[Report on the health of British troops in the Madras command]
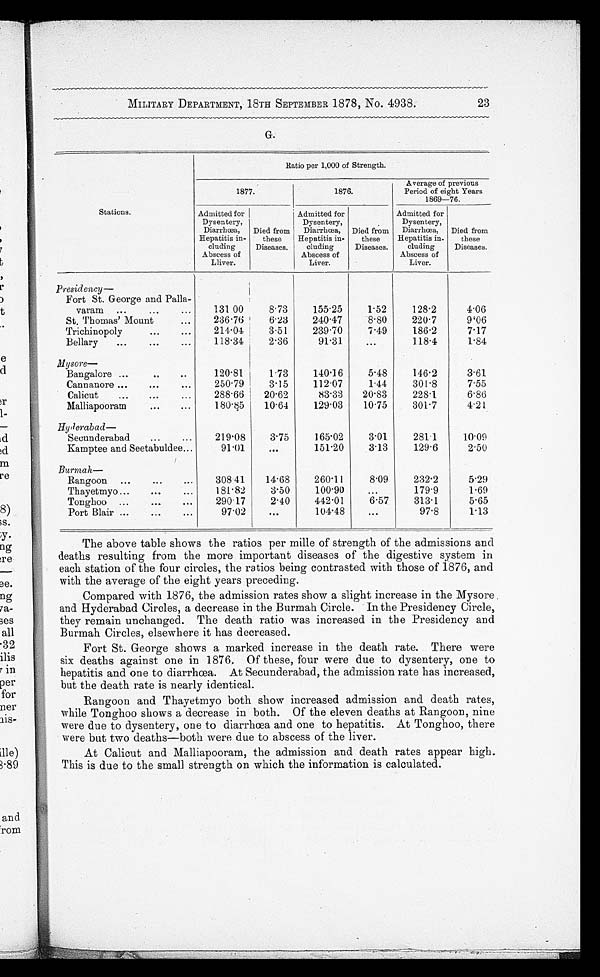
MILITARY DEPARTMENT, 18TH SEPTEMBER 1878, No. 4938.
G.
Ratio per 1,000 of Strength.
1877.
1876.
Average of previous
Period of eight Years
1869—76.
Stations.
Admitted for
Dysentery,
Diarrhœa,
Hepatitis in-
cluding
Abscess of
Lliver.
Died from
these
Diseases.
Admitted for
Dysentery,
Diarrhœa,
Hepatitis in-
eluding
Abscess of
Liver.
Died from
these
Diseases.
Admitted for
Dysentery,
Diarrhœa,
Hepatitis in-
cluding
Abscess of
Liver.
Died from
these
Diseases.
Presidency
—
Fort St. George and Palla-
varam . . .
131.00
8.73
155.25
1.52
128.2
4.06
St. Thomas' Mount . . .
236.76
6.23
240.47
8.80
220.7
9.06
Trichinopoly . . .
214.04
3.51
239.70
7.49
186.2
7.17
Bellary . . .
118.34
2.36
91.31
. . .
118.4
1.84
Mysore
—
Bangalore . . .
120.81
1.73
140.16
5.48
146.2
3.61
Cannanore . . .
250.79
3.15
112.07
1.44
301.8
7.55
Calicut . . .
288.66
20 . 62
83.33
20 . 83
228.1
6.86
Malliapooram . . .
180.85
10 . 64
129.03
10 . 75
301.7
4.21
Hyderabad
—
Secunderabad . . .
219.08
3.75
165.02
3.01
281.1
10.09
Kamptee and Seetabuldee . . .
91.01
. . .
151.20
3.13
129.6
2.50
Burmah
—
Rangoon . . .
308.41
14 . 68
260.11
8.09
232.2
5.29
Thayetmyo . . .
181.82
3.50
100.90
. . .
179.9
1.69
Tonghoo . . .
290.17
2.40
442.01
6.57
313.1
5.65
Port Blair . . .
97.02
. . .
104.48
. . .
97.8
1.13
The above table shows the ratios per mille of strength of the admissions and
deaths resulting from the more important diseases of the digestive system in
each station of the four circles, the ratios being contrasted with those of 1876, and
with the average of the eight years preceding.
Compared with 1876, the admission rates show a slight increase in the Mysore
and Hyderabad Circles, a decrease in the Burmah Circle. In the Presidency Circle,
they remain unchanged. The death ratio was increased in the Presidency and
Burmah Circles, elsewhere it has decreased.
Fort St. George shows a marked increase in the death rate. There were
six deaths against one in 1876. Of these, four were due to dysentery, one to
hepatitis and one to diarrhoea. At Secunderabad, the admission rate has increased,
but the death rate is nearly identical.
Rangoon and Thayetmyo both show increased admission and death rates,
while Tonghoo shows a decrease in both. Of the eleven deaths at Rangoon, nine
were due to dysentery, one to diarrhœa and one to hepatitis. At Tonghoo, there
were but two deaths—both were due to abscess of the liver.
At Calicut and Malliapooram, the admission and death rates appear high.
This is due to the small strength on which the information is calculated.
23